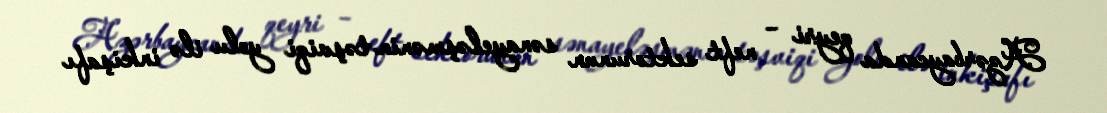
Azərbaycanda qeyri – neft sektorunun sənayeləşmənin təşviqi yolu ilə inkişafı